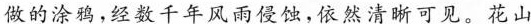
做的涂鸦，经数千年风雨侵蚀，依然清晰可见。花山